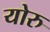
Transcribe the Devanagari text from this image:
योरु